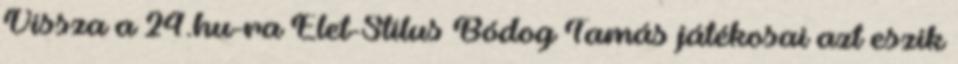
Vissza a 24.hu-ra Élet-Stílus Bódog Tamás játékosai azt eszik